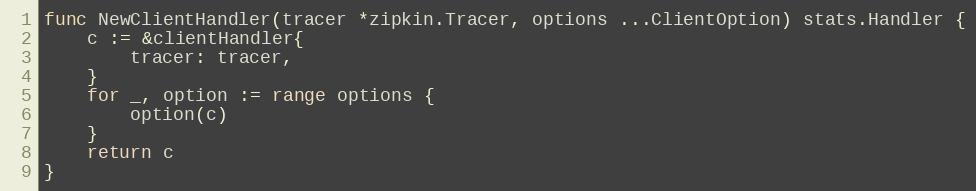
Language: Go
func NewClientHandler(tracer *zipkin.Tracer, options ...ClientOption) stats.Handler {
	c := &clientHandler{
		tracer: tracer,
	}
	for _, option := range options {
		option(c)
	}
	return c
}